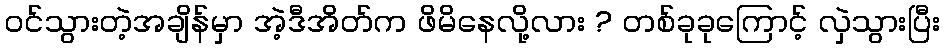
ဝင်သွားတဲ့အချိန်မှာ အဲ့ဒီအိတ်က ဖိမိနေလို့လား ? တစ်ခုခုကြောင့် လှဲသွားပြီး